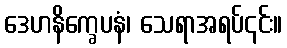
ဒေဟနိက္ခေပနံ၊ သေရာအရပ်၎င်း။